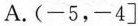
A. (-5，-4]